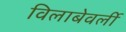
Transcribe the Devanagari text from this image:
विलाबेवर्ली